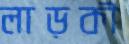
লাড়কী